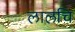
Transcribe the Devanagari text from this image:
लालचि